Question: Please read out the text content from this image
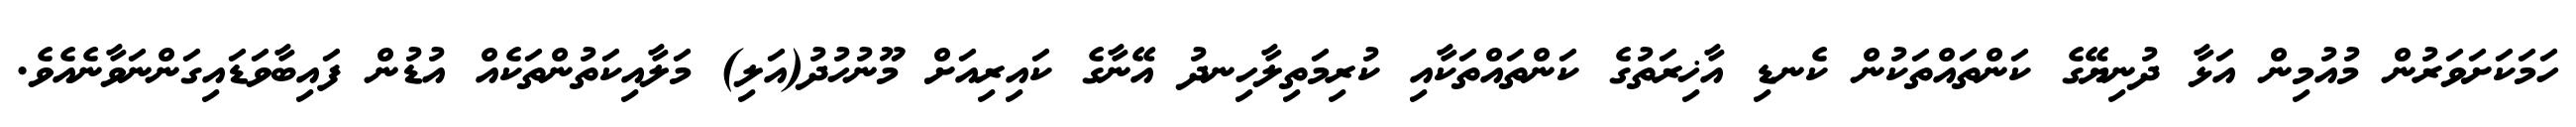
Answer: ހަމަކަށަވަރުން މުއުމިން އަޅާ ދުނިޔޭގެ ކަންތައްތަކުން ކެނޑި އާޚިރަތުގެ ކަންތައްތަކާއި ކުރިމަތިލާހިނދު އޭނާގެ ކައިރިއަށް މޫނުހުދު(އަލި) މަލާއިކަތުންތަކެއް އުޑުން ފައިބާވަޑައިގަންނަވާނެއެވެ.